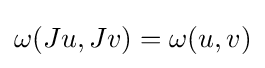
{\textstyle \omega (Ju,Jv)=\omega (u,v)}